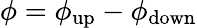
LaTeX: \phi=\phi_{\mathrm{up}}-\phi_{\mathrm{down}}